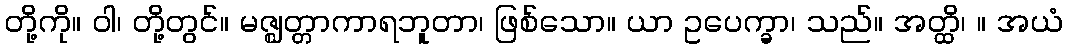
တို့ကို။ ဝါ၊ တို့တွင်။ မဇ္ဈတ္တာကာရဘူတာ၊ ဖြစ်သော။ ယာ ဥပေက္ခာ၊ သည်။ အတ္ထိ၊ ။ အယံ